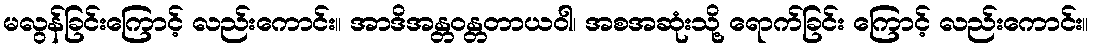
မလွန်ခြင်းကြောင့် လည်းကောင်း။ အာဒိအန္တဝန္တတာယဝါ၊ အစအဆုံးသို့ ရောက်ခြင်း ကြောင့် လည်းကောင်း။